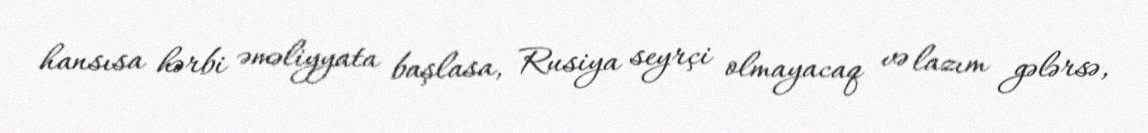
hansısa hərbi əməliyyata başlasa, Rusiya seyrçi olmayacaq və lazım gələrsə,